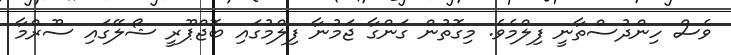
ވެސް ހިންދުސްތާނީ ފިލްމެވެ. މިގޮތުން ގަންގާ ޖަމުނާ ފިލްމުގައި ބޮޖްޕޫރީ ޝޯލޭގައި ސޫރްމާ